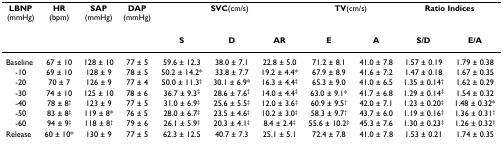
<table><thead><tr><td><b>LBNP(mmHg)</b></td><td><b>HR(bpm)</b></td><td><b>SAP(mmHg)</b></td><td><b>DAP(mmHg)</b></td><td colspan="3"><b>SVC(cm/s)</b></td><td colspan="2"><b>TV(cm/s)</b></td><td colspan="2"><b>Ratio Indices</b></td></tr><tr><td></td><td></td><td></td><td></td><td><b>S</b></td><td><b>D</b></td><td><b>AR</b></td><td><b>E</b></td><td><b>A</b></td><td><b>S/D</b></td><td><b>E/A</b></td></tr></thead><tbody><tr><td>Baseline</td><td>67 ± 10</td><td>128 ± 10</td><td>77 ± 5</td><td>59.6 ± 12.3</td><td>38.0 ± 7.1</td><td>22.8 ± 5.0</td><td>71.2 ± 8.1</td><td>41.0 ± 7.8</td><td>1.57 ± 0.19</td><td>1.79 ± 0.38</td></tr><tr><td>-10</td><td>69 ± 10</td><td>128 ± 9</td><td>78 ± 5</td><td>50.2 ± 14.2*</td><td>33.8 ± 7.7</td><td>19.2 ± 4.4*</td><td>67.9 ± 8.9</td><td>41.6 ± 7.2</td><td>1.47 ± 0.18</td><td>1.67 ± 0.35</td></tr><tr><td>-20</td><td>70 ± 7</td><td>126 ± 9</td><td>77 ± 4</td><td>50.0 ± 11.3<sup>‡</sup></td><td>30.1 ± 6.9*</td><td>16.3 ± 4.4<sup>‡</sup></td><td>65.3 ± 9.0</td><td>41.0 ± 6.5</td><td>1.35 ± 0.14<sup>†</sup></td><td>1.62 ± 0.29</td></tr><tr><td>-30</td><td>74 ± 10</td><td>125 ± 10</td><td>78 ± 6</td><td>36.7 ± 9.3<sup>‡</sup></td><td>28.6 ± 7.6<sup>†</sup></td><td>14.0 ± 4.4<sup>‡</sup></td><td>63.0 ± 9.1*</td><td>41.7 ± 6.8</td><td>1.29 ± 0.14<sup>‡</sup></td><td>1.54 ± 0.32</td></tr><tr><td>-40</td><td>78 ± 8<sup>†</sup></td><td>123 ± 9</td><td>77 ± 5</td><td>31.0 ± 6.9<sup>‡</sup></td><td>25.6 ± 5.5<sup>‡</sup></td><td>12.0 ± 3.6<sup>‡</sup></td><td>60.9 ± 9.5<sup>†</sup></td><td>42.0 ± 7.1</td><td>1.23 ± 0.20<sup>‡</sup></td><td>1.48 ± 0.32*</td></tr><tr><td>-50</td><td>83 ± 8<sup>‡</sup></td><td>119 ± 8*</td><td>76 ± 5</td><td>28.0 ± 6.7<sup>‡</sup></td><td>23.5 ± 4.6<sup>‡</sup></td><td>10.2 ± 3.0<sup>‡</sup></td><td>58.3 ± 9.7<sup>†</sup></td><td>43.7 ± 6.0</td><td>1.19 ± 0.16<sup>‡</sup></td><td>1.36 ± 0.31<sup>†</sup></td></tr><tr><td>-60</td><td>94 ± 9<sup>‡</sup></td><td>118 ± 8<sup>†</sup></td><td>79 ± 6</td><td>26.1 ± 5.9<sup>‡</sup></td><td>20.3 ± 4.1<sup>‡</sup></td><td>8.4 ± 2.4<sup>‡</sup></td><td>55.6 ± 10.2<sup>‡</sup></td><td>45.3 ± 7.6</td><td>1.30 ± 0.23<sup>‡</sup></td><td>1.26 ± 0.32<sup>‡</sup></td></tr><tr><td>Release</td><td>60 ± 10*</td><td>130 ± 9</td><td>77 ± 5</td><td>62.3 ± 12.5</td><td>40.7 ± 7.3</td><td>25.1 ± 5.1</td><td>72.4 ± 7.8</td><td>41.0 ± 7.8</td><td>1.53 ± 0.21</td><td>1.74 ± 0.35</td></tr></tbody></table>